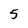
Character: 5